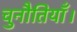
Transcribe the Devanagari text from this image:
चुनौतियाँ।